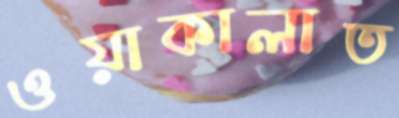
ওয়াকালাত